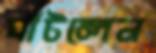
ঘাঁটলেন